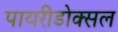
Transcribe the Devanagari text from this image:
पायरीडोक्सल